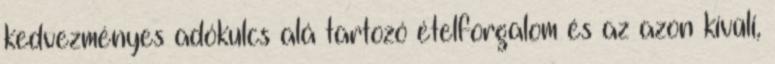
kedvezményes adókulcs alá tartozó ételforgalom és az azon kívüli,